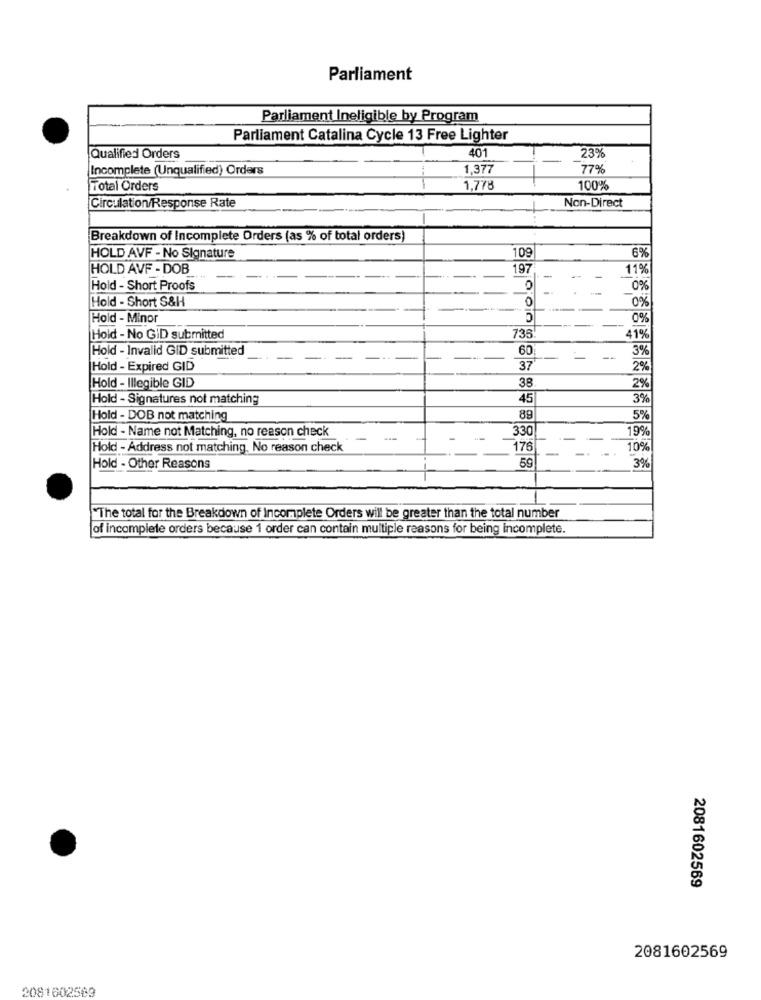
Parliament
Parliament Ineligible by Program
Parliament Catalina Cycle 13 Free Lighter
401
Qualified Orders
23%
Incomplete (Unqualified) Orders
1,377
77%
Total Orders
1,778
100%
Circulation/Response Rate
Non-Direct
Breakdown of Incomplete Orders (as % of total orders)
HOLD AVF - No Signature
109
6%
HOLD AVF - DOB
197
11%
Hold - Short Proofs
0%
0
0%
Hold - Short S&H
Hold - Minor
0%
Hold - No GID submitted
735
419
Hold - Invalid GID submitted
60
3%
--
Hold - Expired GID
37
2%
38
Hold - Illegible GID
2%
Hold - Signatures not matching
45
3%
Hold - DOB not matching
89
5%
Hold - Name not Matching, no reason check
330
19%
Hold - Address not matching. No reason check
176
10%
Hold - Other Reasons
59
3%
"The total for the Breakdown of Incomplete Orders will be greater than the total number
of incomplete orders because 1 order can contain multiple reasons for being incomplete.
2081602569
2081602569
2081602563